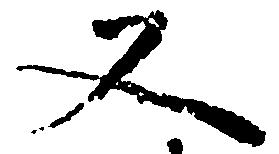
又